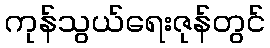
ကုန်သွယ်ရေးဇုန်တွင်